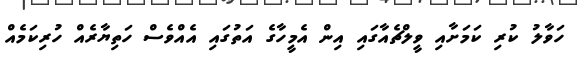
ހަވާލު ކުރި ކަމަށާއި ވީލްޗެއާގައި އިން އެމީހާގެ އަތުގައި އެއްވެސް ހަތިޔާރެއް ހުރިކަމެއް